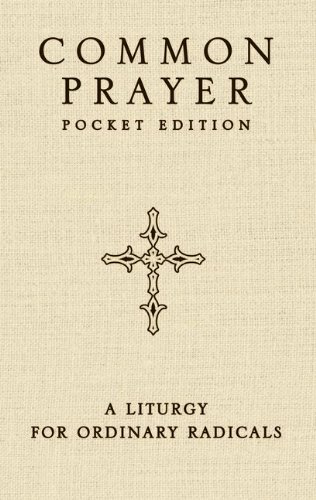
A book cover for Common Prayer Pocket Edition: A Liturgy for Ordinary Radicals; Shane Claiborne; Christian Books & Bibles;